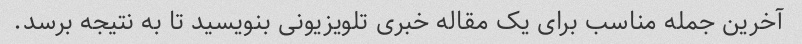
آخرین جمله مناسب برای یک مقاله خبری تلویزیونی بنویسید تا به نتیجه برسد.